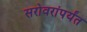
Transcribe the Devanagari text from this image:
सरोवरांपर्यंत